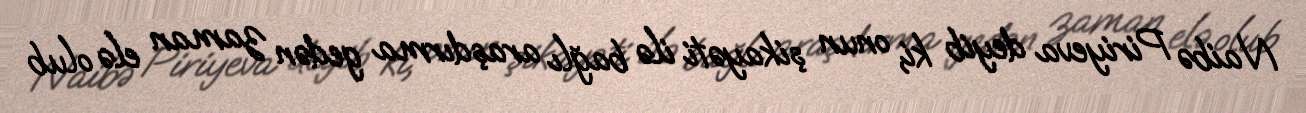
Naibə Piriyeva deyib ki, onun şikayəti ilə bağlı araşdırma gedən zaman elə olub